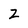
Character: Z